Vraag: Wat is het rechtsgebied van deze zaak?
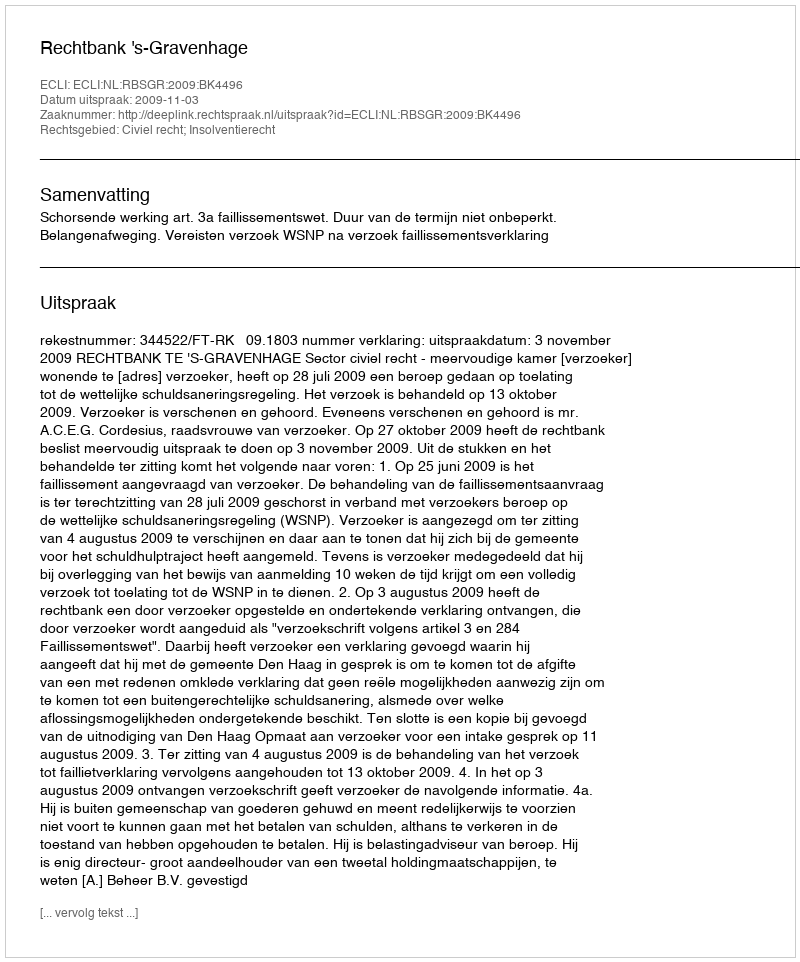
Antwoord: Civiel recht; Insolventierecht